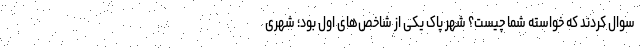
سوال کردند که خواسته شما چیست؟ شهر پاک یکی از شاخص‌های اول بود؛ شهری